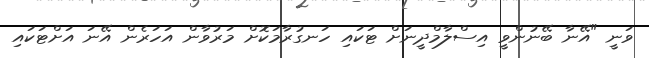
ވަނީ "އޭނާ ބޭނުންވީ އިސްލާމްދީނަށް ޓަކައި ހަނގުރާމަކޮށް މަރުވާން އަހަރެން އޭނަ އަށްޓަކައި